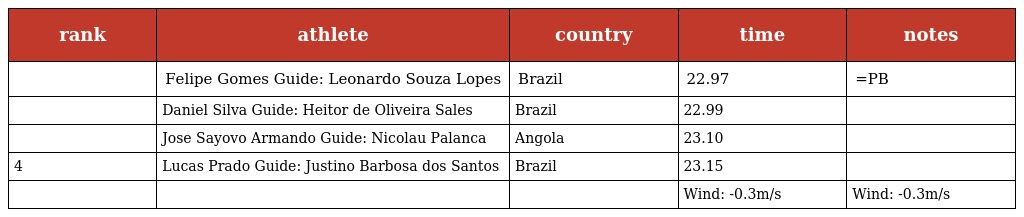
| rank | athlete | country | time | notes |
 | --- | --- | --- | --- | --- |
 |  | Felipe Gomes Guide: Leonardo Souza Lopes | Brazil | 22.97 | =PB |
 |  | Daniel Silva Guide: Heitor de Oliveira Sales | Brazil | 22.99 |  |
 |  | Jose Sayovo Armando Guide: Nicolau Palanca | Angola | 23.10 |  |
 | 4 | Lucas Prado Guide: Justino Barbosa dos Santos | Brazil | 23.15 |  |
 |  |  |  | Wind: -0.3m/s | Wind: -0.3m/s |